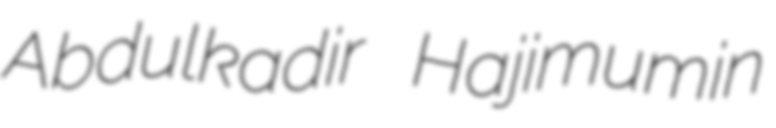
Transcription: Abdulkadir Hajimumin